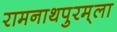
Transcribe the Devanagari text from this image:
रामनाथपुरम्‌ला